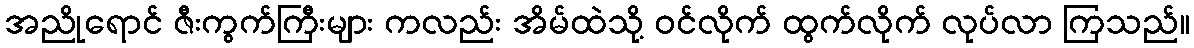
အညိုရောင် ဇီးကွက်ကြီးများ ကလည်း အိမ်ထဲသို့ ဝင်လိုက် ထွက်လိုက် လုပ်လာ ကြသည်။